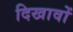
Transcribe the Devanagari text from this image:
दिखावों